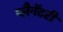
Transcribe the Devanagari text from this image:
प्लैनॅटरी